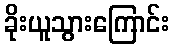
ခိုးယူသွားကြောင်း